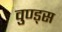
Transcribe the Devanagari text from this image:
वुण्ड्स